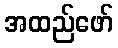
အထည်ဖော်